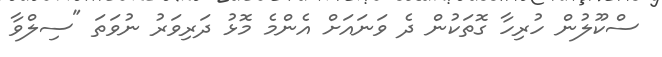
ސްކޫލުން ހުރިހާ ގޮތަކުން ދެ ވަނައަށް އެންމެ މޮޅު ދަރިވަރު ނުވަތަ "ސިލްވާ